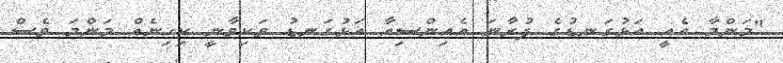
"މަންމާ އެއީ އަޅުގަނޑުގެ ފުރާނަ އެއިންސިއާ އަޅުގަނޑު ވަކިވާނީ ކިހިނެއް މަންމަ ވެސް